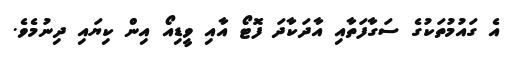
އެ ގައުމުތަކުގެ ސަގާފަތާއި އާދަކާދަ ފޮޓޯ އާއި ވީޑިއޯ އިން ކިޔައި ދިނުމެވެ.